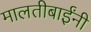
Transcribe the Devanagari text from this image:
मालतीबाईंनी